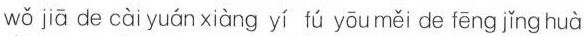
wǒ jiā de cài yuán xiàng yí ú yōu měi de fēng jǐng huà